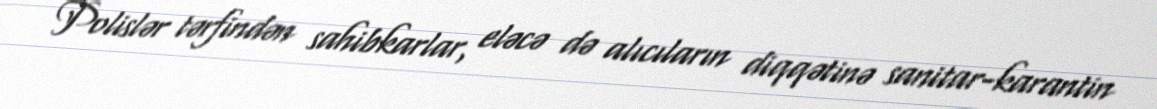
Polislər tərfindən sahibkarlar, eləcə də alıcıların diqqətinə sanitar-karantin